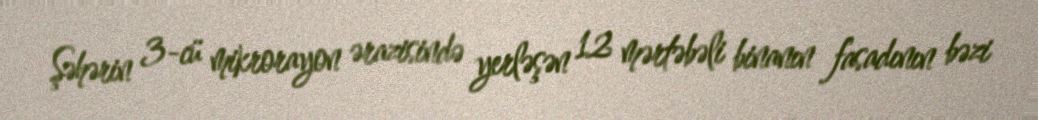
Şəhərin 3-cü mikrorayon ərazisində yerləşən 12 mərtəbəli binanın fasadının bəzi